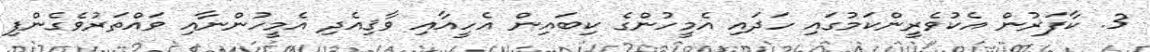
3. ކާފަރުން އެކުވެރީންކަމުގައި ހަދައި އެމީހުންގެ ކިބައިން އެހީއާއި ވާޤިއެދި އެމީހުންނާއި ވައްތަރުވެގެންފި